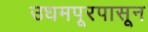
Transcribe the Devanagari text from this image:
उधमपूरपासून